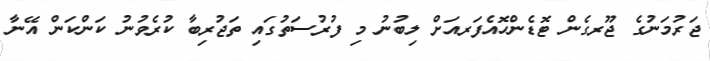
ޖަރުމަނުގެ ޖޫރގެން ޓޮޑެންހޮއެފަރއަށް ލިބުނު މި ފުރުސަތުގައި ތަޖުރިބާ ކުރެވުނު ކަންކަން އޭނާ